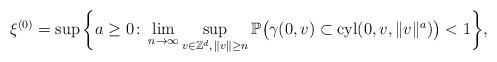
LaTeX: \begin{align*} \xi^{(0)}=\sup\bigg\{ a\ge 0\colon \lim_{n\to\infty}\sup_{v\in\mathbb{Z}^d,\,\|v\|\ge n}\mathbb{P}\big( \gamma(0,v)\subset\mathrm{cyl}(0,v,\|v\|^a) \big) <1 \bigg\},\end{align*}